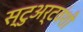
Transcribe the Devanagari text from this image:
स्टुअर्टवंशी